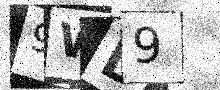
Text: 9WD9